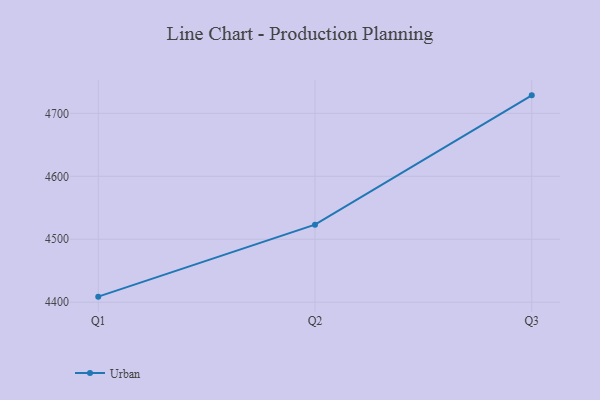
{"axis": {"x": "Quarter", "y": "Churn Rate (%)"}, "legend": ["Urban"], "data": [{"x": "Q1", "y": 4408.8, "type": "Urban"}, {"x": "Q2", "y": 4523.2, "type": "Urban"}, {"x": "Q3", "y": 4728.6, "type": "Urban"}]}